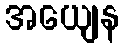
အယျေန